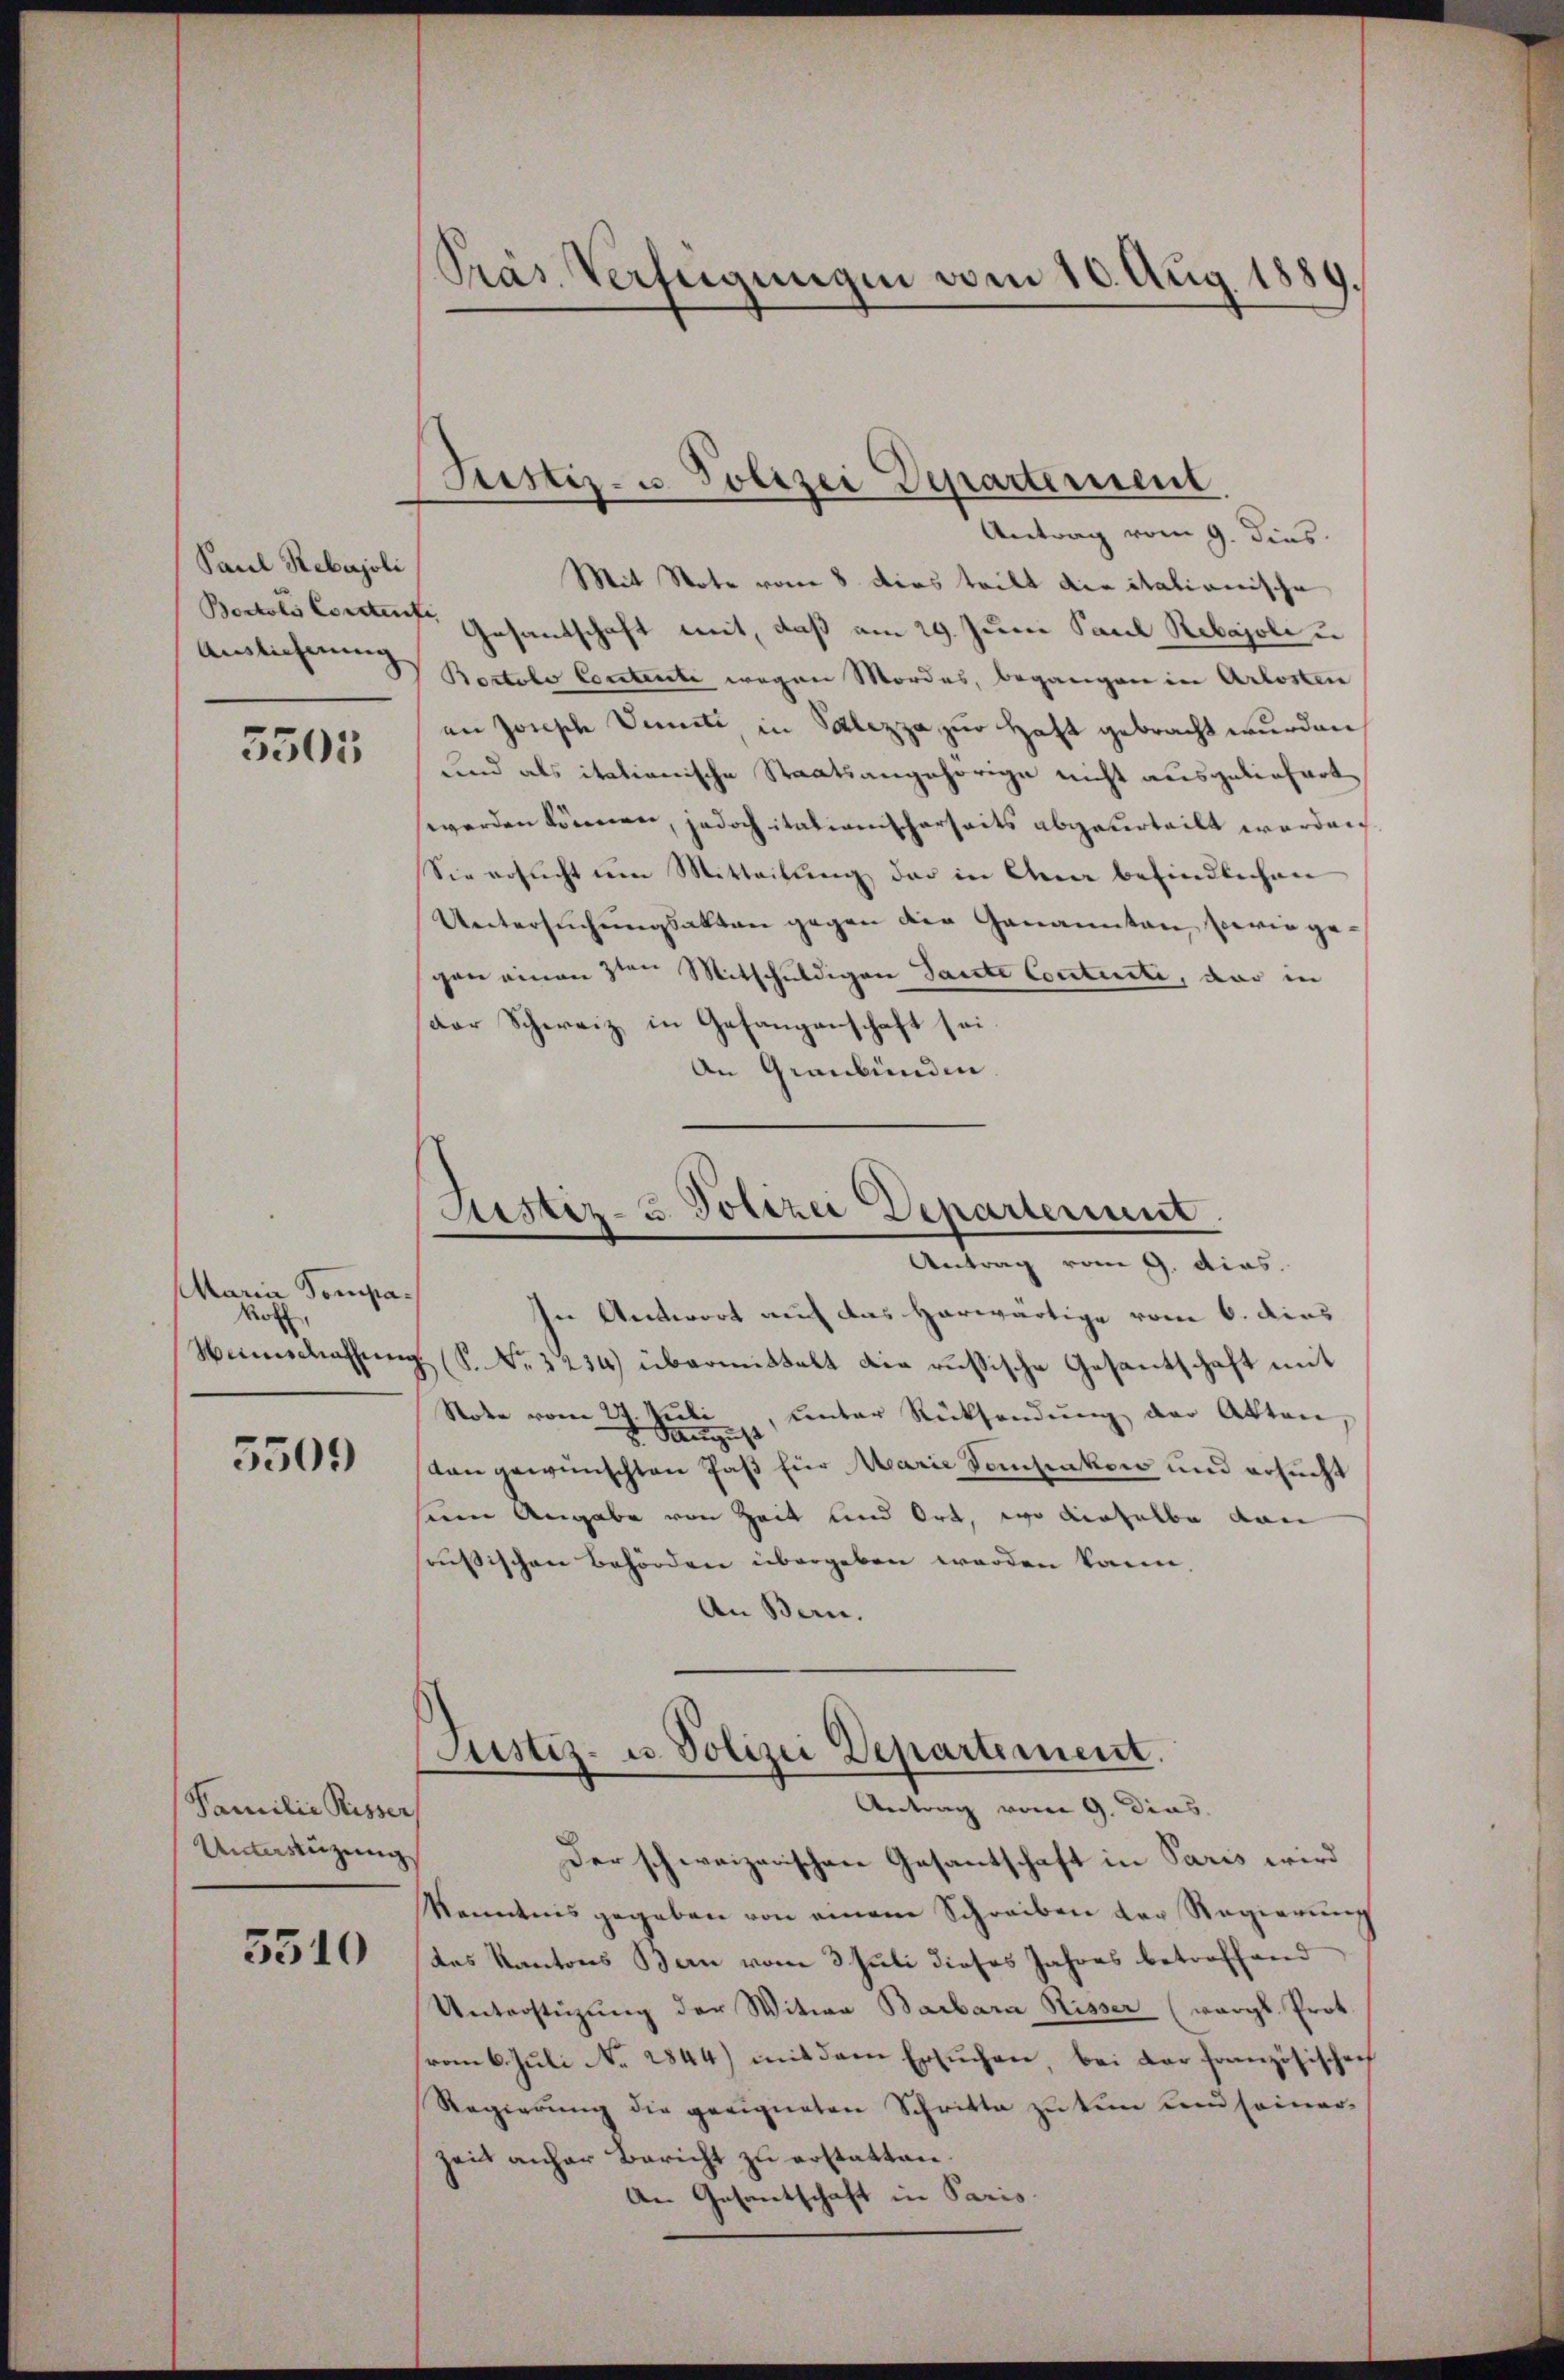
Paul Rebajoli

5505

Maria Kompa¬
Rot,
Heimschaffun

5509

Familie Risser,
Unterstüzung

5510

Antrag vom 9. Dies
Mit Note vom 8. dies teilt die italianische
Bertois leisten Gesandschaft mit, daß am 29. Juni Paul Rebajoli u.
Auslieferen Bertolo Contente wegen Mordes, begangen in Arlosten
an Jonische Veneti, in Salezza zur Haft gebracht wurden,
und als italienische Staatsangehörige nicht ausgeliefert
werden können, jedoch itationischerseits abgeurteilt worden
Sie ersucht um Mitteilung der in Anna befindlichen
Untersŭchŭngsakten gegen die Genannten, sowie ge-
gen einen 3ten Mitschuldigen Sancte Contuiti, dar in
der Schweiz in Gefangenschaft sei
An Graubünden.

Präs. Verfeigungen vom 10. Aug. 1889.

Justiz- u. Polizei Departerient,

In Antwort auf das herwärtige vom 6. dies
g (S. Nr. 3234) übermittelt die russische Gesantschaft mit
Note vom 29. Jŭli ŭnter Rücksendŭng der Akten,
kan gewünschten Paß für Marie Sammsakow und ersucht
sein Angabe von Zeit und Ort, wo dieselbe von
russischen Behörden übergeben werden kann.
An Bern.

Sistiz- & Polizei Departement
Antrag vom 9. dies.

Justiz- u. Polizei Departement.
Antrag vom 9. Dies

Der schweizerischen Gesantschaft in Paris wird
kenntnis gegeben von einem Schreiben der Regierŭng
das Kantons Bern vom 3. Juli dieses Jahres betroffend
Unterstüzung der Witwe Barbara Risser (vergl. Prot.
vom 6. Juli No 2844) mit dem Ersuchen, bei der Französischenf
Regierŭng die geeigneten Schritte zu tun und seinerzeit anher Bericht zu erstatten.
An Gesantschaft in Paris